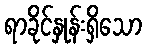
ရာခိုင်နှုန်းရှိသော